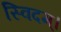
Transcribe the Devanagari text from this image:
स्विदम्।